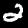
Digit: 2